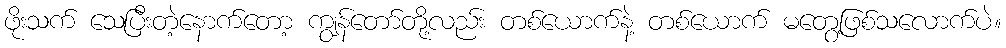
ဖိုးသက် သေပြီးတဲ့နောက်တော့ ကျွန်တော်တို့လည်း တစ်ယောက်နဲ့ တစ်ယောက် မတွေ့ဖြစ်သလောက်ပဲ။